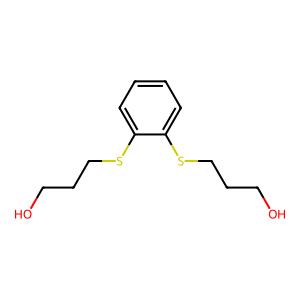
SMILES: OCCCSc1ccccc1SCCCO
Inhibits HIV replication: No